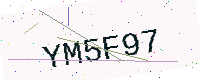
Text: YM5F97